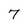
Character: 7